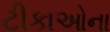
ટીકાઓના